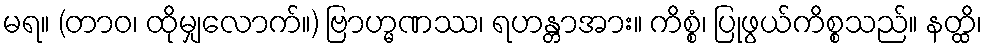
မရ။ (တာဝ၊ ထိုမျှလောက်။) ဗြာဟ္မဏဿ၊ ရဟန္တာအား။ ကိစ္စံ၊ ပြုဖွယ်ကိစ္စသည်။ နတ္ထိ၊